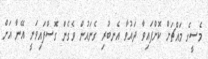
މެސީގެ މައްޗަށް ކޮށްފައިވާ ދައުވާ އެނބުރި ގެނައުން ވެގެން ގޮސްފައިވަނީ އޭނާ އަށް